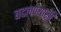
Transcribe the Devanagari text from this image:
बदलण्याशी